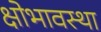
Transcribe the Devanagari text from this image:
क्षोभावस्था